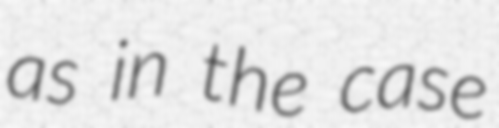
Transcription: as in the case